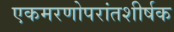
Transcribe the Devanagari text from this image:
एकमरणोपरांतशीर्षक